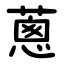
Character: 蔥